Indian journal of veterinary science and animal husbandry - Volume 11,
Year: 1941
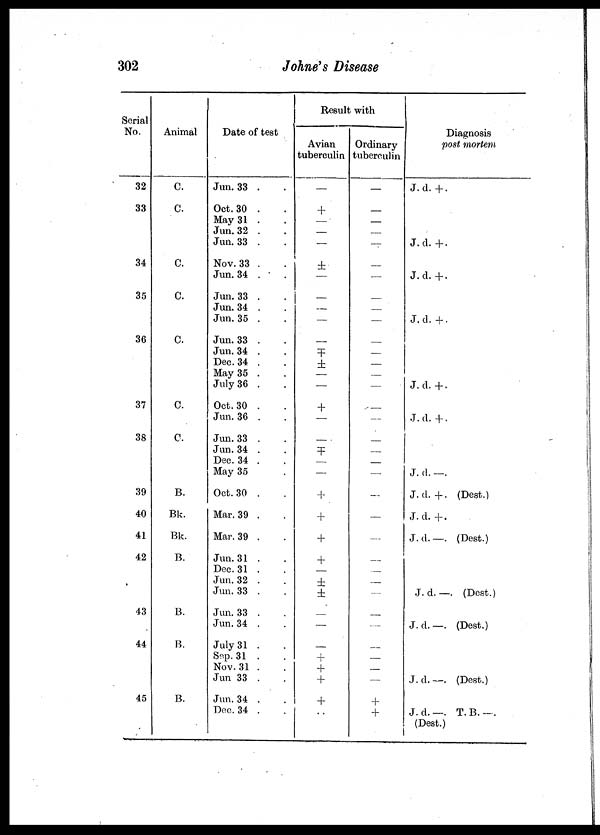
302
Johne's Disease
Serial
No.
32
33
34
35
36
37
38
39
40
41
42
43
44
45
Animal
C.
C.
C.
C.
C.
C.
C.
B.
Bk.
Bk.
B.
B.
B.
B.
Date of test
Jun. 33 . .
Oct. 30 . .
May 31 . .
Jun. 32 . .
Jun. 33 . .
Nov. 33 . .
Jun. 34 . .
Jun. 33 . .
Jum. 34 . .
Jun. 35 . .
Jun. 33 . .
Jun. 34 . .
Dec. 34 . .
May 35 . .
July 36 . .
Oct. 30 . .
Jun. 36 . .
Jun. 33 . .
Jun. 34 . .
Dec. 34 . .
May 35 .
Oct. 30 . .
Mar. 39 . .
Mar. 39 . .
Jun. 31 . .
Dec. 31 . .
Jun. 32 . .
Jun. 33 . .
Jun. 33 . .
Jun. 34 . .
July 31 . .
Sep.31 . .
Nov. 31 . .
Jun 33 . .
Jun. 34 . .
Dec. 34 . .
Result with
Avian
tuberculin
—
+
—
—
—
±
—
—
—
—
—
±
±
—
—
+
—
—
±
—
—
+
+
+
+
±
±
—
—
—
+
+
+
+
. .
Ordinary
tuberculin
—
—
—
—
—
—
—
—
—
—
—
—
—
—
—
—
—
—
—
—
—
—
—
—
—
—
—
—
—
—
—
—
—
+
+
Diagnosis
post mortem
J.d.+.
J.d. +.
J. d.+.
J.d. +.
J.d. +.
J.d. +.
J. d. —.
J. d.+. (Dest.)
J.d.+.
J.d.—. (Dest.)
J.d.—. (Dest.)
J.d.—. (Dest.)
J. d. — (Dest.)
J.d.—. T.B.—.
(Dest.)